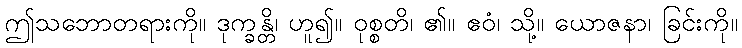
ဤသဘောတရားကို။ ဒုက္ခန္တိ၊ ဟူ၍။ ဝုစ္စတိ၊ ၏။ ဧဝံ၊ သို့။ ယောဇနာ၊ ခြင်းကို။